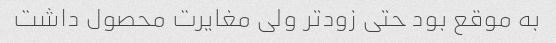
به موقع بود حتی زودتر ولی مغایرت محصول داشت